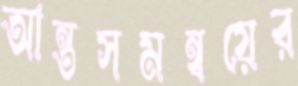
আন্তসমন্বয়ের